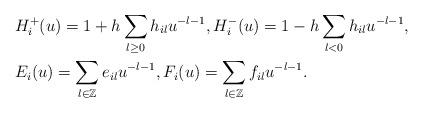
LaTeX: \begin{align*}&H^{+}_{i}(u)=1+h\sum_{l\geq 0}h_{il}u^{-l-1},H^{-}_{i}(u)=1-h\sum_{l<0}h_{il}u^{-l-1},\\&E_{i}(u)=\sum_{l\in\mathbb{Z}}e_{il}u^{-l-1},F_{i}(u)=\sum_{l\in\mathbb{Z}}f_{il}u^{-l-1}.\end{align*}